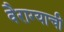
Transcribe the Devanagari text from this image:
वैराग्‍याची